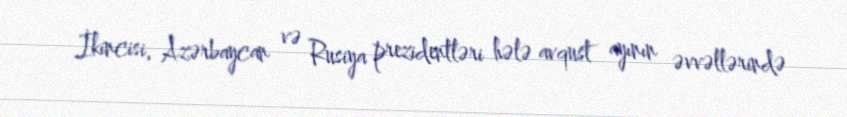
İkincisi, Azərbaycan və Rusiya prezidentləri hələ avqust ayının əvvəllərində